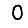
Digit: 0